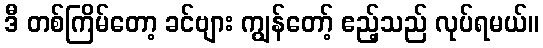
ဒီ တစ်ကြိမ်တော့ ခင်ဗျား ကျွန်တော့် ဧည့်သည် လုပ်ရမယ်။